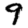
Digit: 9